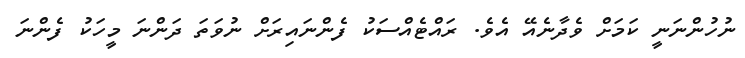
ނުހުންނަނީ ކަމަށް ވެދާނެއޭ އެވެ. ރައްޓެއްސަކު ފެންނައިރަށް ނުވަތަ ދަަންނަ މީހަކު ފެންނަ